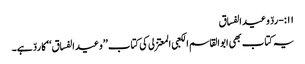
۱۱:-ردّ وعید الفساق
یہ کتاب بھی ابوالقاسم الکعبی المعتزلی کی کتاب ’’وعید الفساق‘‘ کا ردّ ہے۔